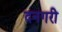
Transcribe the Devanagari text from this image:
दनगरी